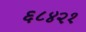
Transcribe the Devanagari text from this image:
६८४२१